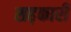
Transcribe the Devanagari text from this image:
सह़कारी